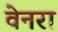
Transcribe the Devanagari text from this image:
वेनरा